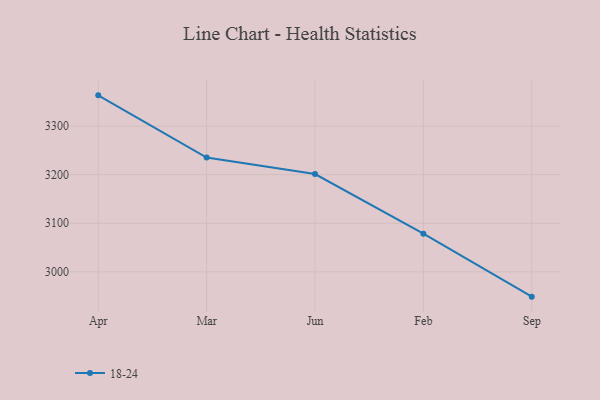
{"axis": {"x": "Month", "y": "Budget (USD K)"}, "legend": ["18-24"], "data": [{"x": "Apr", "y": 3363.4, "type": "18-24"}, {"x": "Mar", "y": 3235.4, "type": "18-24"}, {"x": "Jun", "y": 3201.3, "type": "18-24"}, {"x": "Feb", "y": 3078.6, "type": "18-24"}, {"x": "Sep", "y": 2948.9, "type": "18-24"}]}